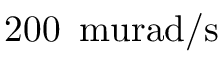
2 0 0 \, \mathrm { \ m u r a d / s }